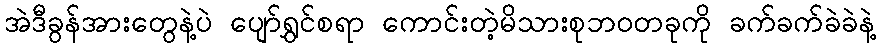
အဲဒီခွန်အားတွေနဲ့ပဲ ပျော်ရွှင်စရာ ကောင်းတဲ့မိသားစုဘဝတခုကို ခက်ခက်ခဲခဲနဲ့